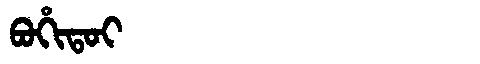
Manchu: ᠪᠣᡥᡳᡨᠣᡳ
Romanization: BOHITOI